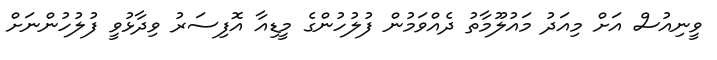
ވީނިއުސް އަށް މިއަދު މައުލޫމާތު ދެއްވަމުން ފުލުހުންގެ މީޑިއާ އޮފިސަރު ވިދާޅުވީ ފުލުހުންނަށް